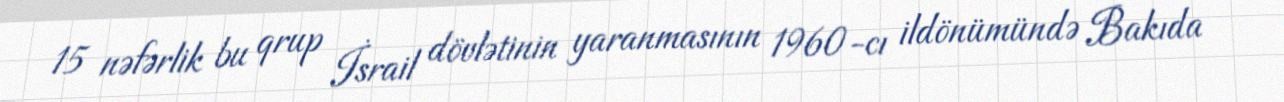
15 nəfərlik bu qrup İsrail dövlətinin yaranmasının 1960-cı ildönümündə Bakıda